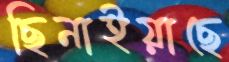
ছিনাইয়াছে